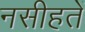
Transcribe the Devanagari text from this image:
नसीहतें